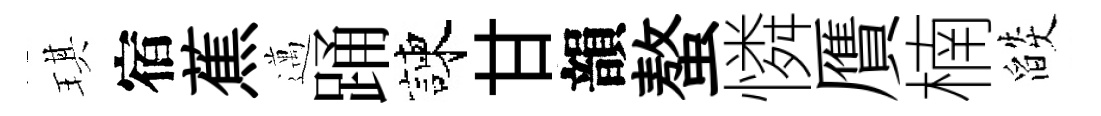
琪宿蕉邁踊諫甘韻螯憐贋楠燄